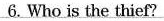
6. Who is the thief?